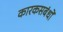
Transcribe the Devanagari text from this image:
कारकसबंधों